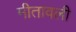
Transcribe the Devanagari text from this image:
मीतावली